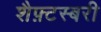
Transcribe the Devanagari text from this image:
शैफ़्टस्बरी